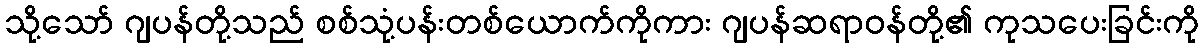
သို့သော် ဂျပန်တို့သည် စစ်သုံ့ပန်းတစ်ယောက်ကိုကား ဂျပန်ဆရာဝန်တို့၏ ကုသပေးခြင်းကို